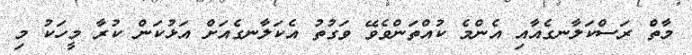
މާތް ރަސްކަލާނގެއާއި އެންމެ ކުއްތަންވެވޭ ވަގުތު އެކަލާނގެއަށް އަޅުކަން ކުރާ މީހަކު މި